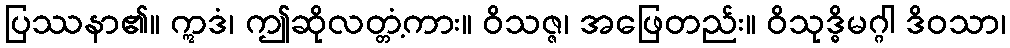
ပြဿနာ၏။ ဣဒံ၊ ဤဆိုလတ္တံ့ကား။ ဝိသဇ္ဇ၊ အဖြေတည်း။ ဝိသုဒ္ဓိမဂ္ဂါ ဒိဝသာ၊